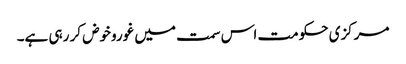
مرکزی حکومت اس سمت میں غوروخوض کر رہی ہے۔